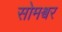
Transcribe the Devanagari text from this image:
सोमश्वर